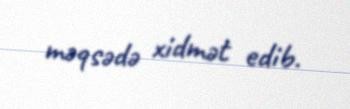
məqsədə xidmət edib.